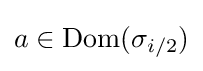
a\in {\text{Dom}}(\sigma _{i/2})